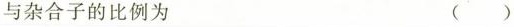
与杂合子的比例为 ()